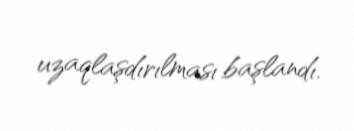
uzaqlaşdırılması başlandı.